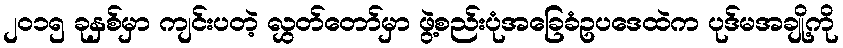
၂၀၁၅ ခုနှစ်မှာ ကျင်းပတဲ့ လွှတ်တော်မှာ ဖွဲ့စည်းပုံအခြေခံဥပဒေထဲက ပုဒ်မအချို့ကို